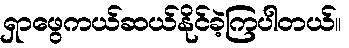
ရှာဖွေကယ်ဆယ်နိုင်ခဲ့ကြပါတယ်။